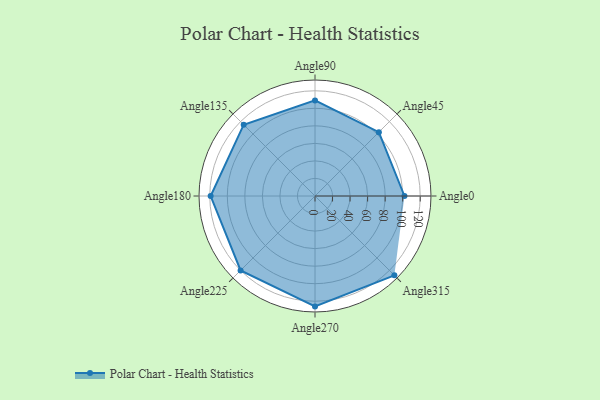
{"axis": {"x": "Angle", "y": "Radius"}, "legend": [""], "data": [{"x": "Angle0", "y": 102.0, "type": ""}, {"x": "Angle45", "y": 103.0, "type": ""}, {"x": "Angle90", "y": 109.0, "type": ""}, {"x": "Angle135", "y": 115.0, "type": ""}, {"x": "Angle180", "y": 119.0, "type": ""}, {"x": "Angle225", "y": 120.0, "type": ""}, {"x": "Angle270", "y": 126.0, "type": ""}, {"x": "Angle315", "y": 128.0, "type": ""}]}